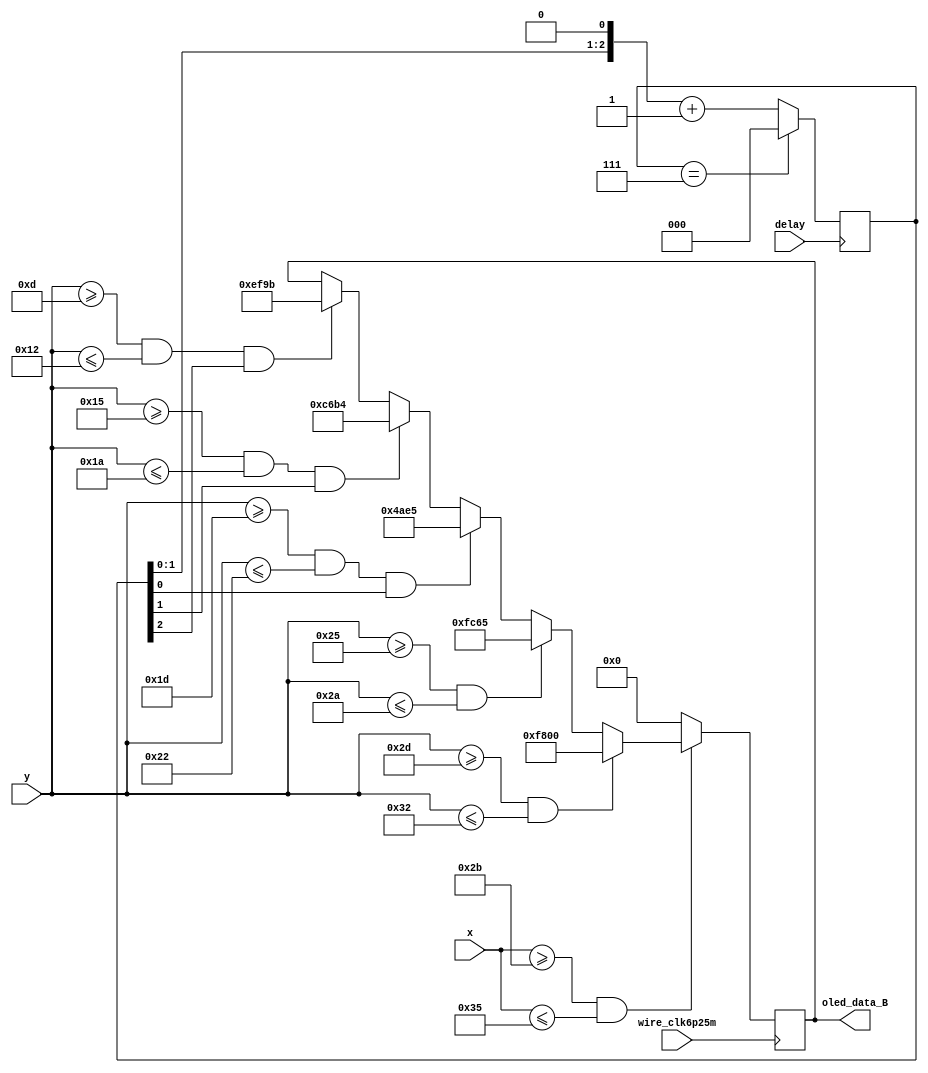
`timescale 1ns / 1ps
//////////////////////////////////////////////////////////////////////////////////
// Company: 
// Engineer: 
// 
// Design Name: 
// Module Name: oled_taskB
// Project Name: 
// Target Devices: 
// Tool Versions: 
// Description: 
// 
// Dependencies: 
// 
// Revision:
// Revision 0.01 - File Created
// Additional Comments:
// 
//////////////////////////////////////////////////////////////////////////////////


module oled_taskB(
    input delay, wire_clk6p25m,
    output reg [15:0]oled_data_B,
    input [6:0] x,
    input [5:0] y
    );
    
     reg [2:0] state_B = 3'b000;
     always @ (posedge delay) begin
     state_B <= (state_B == 3'b111) ? 0: (state_B << 1) + 1;
     end
     
     always @(posedge wire_clk6p25m)
     begin
        if (x >= 43 && x <= 53) 
        begin
            if(y >= 45 && y <= 50) 
            begin
                oled_data_B <= 16'b1111100000000000; // R
            end
            else if(y >= 37 && y <= 42) 
            begin
                oled_data_B <= 16'hfc65;
            end
            else if (y >= 29 && y <= 34 && state_B[0] == 1)
            begin
                oled_data_B <= 16'h4ae5;
            end
            else if (y >= 21 && y <= 26 && state_B[1] == 1)
            begin
                oled_data_B <= 16'hc6b4;
            end
            else if (y >= 13 && y <= 18 && state_B[2] == 1)
            begin
                oled_data_B <= 16'hef9b;
            end
        end
        else
        begin
         oled_data_B <= 16'b0;
        end   
     end
        
endmodule